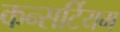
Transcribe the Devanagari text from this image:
कन्सर्टियम